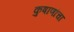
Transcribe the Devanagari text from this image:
कुषाणांचा